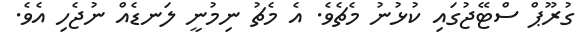
ގުރޫޕް ސްޓޭޖުގައި ކުޅުނު މެޗެވެ. އެ މެޗު ނިމުނީ ލަނޑެއް ނުޖެހި އެވެ.